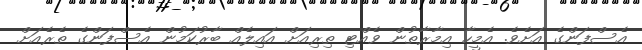
އެސްފަންގެ އަށެވެ. އެމީހާ އިމާރާތުން ވެއްޓި ތިރިއަށް އައިލެއް ބާރުކަމުން އެސްފަންގެ ތެރެއަށް